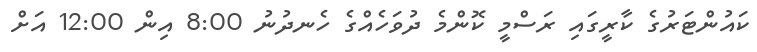
ކައުންޓަރުގެ ކާރީގައި ރަސްމީ ކޮންމެ ދުވަހެއްގެ ހެނދުނު 8:00 އިން 12:00 އަށް